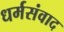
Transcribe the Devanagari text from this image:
धर्मसंवाद